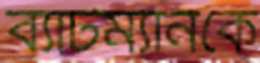
ব্যাটম্যানকে